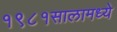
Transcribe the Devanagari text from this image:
१९८१सालामध्ये